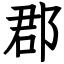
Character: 郡